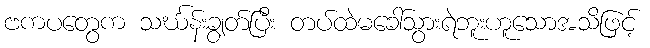
ဗကပတွေက သင်္ဃန်းချွတ်ပြီး တပ်ထဲမခေါ်သွားရဲဘူးဟူသောအသိဖြင့်